Indian journal of veterinary science and animal husbandry - Volume 3,
Year: 1933
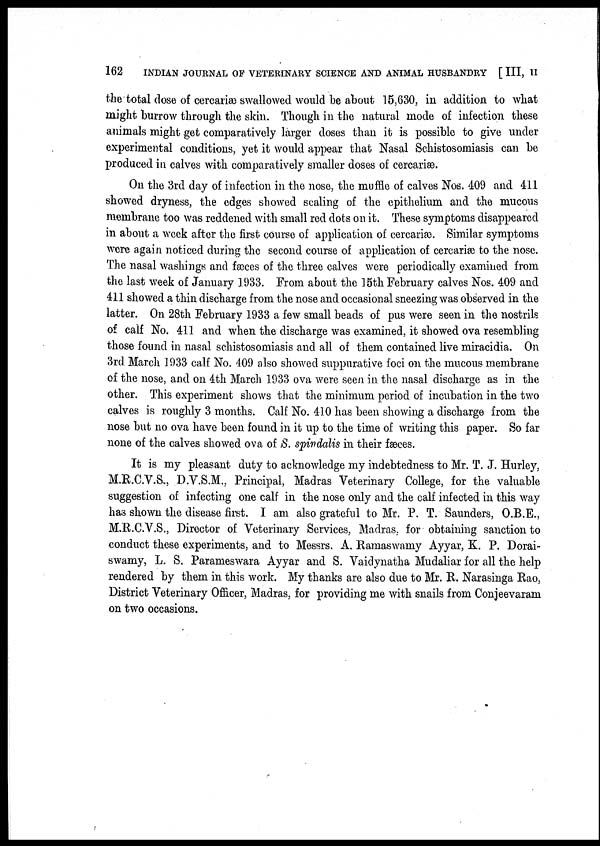
162
INDIAN JOURNAL OF VETERINARY SCIENCE AND ANIMAL HUSBANDRY [ III, II
the total dose of cercariæ swallowed would be about 15,630, in addition to what
might burrow through the skin. Though in the natural mode of infection these
animals might get comparatively larger doses than it is possible to give under
experimental conditions, yet it would appear that Nasal Schistosomiasis can be
produced in calves with comparatively smaller doses of cercariæ.
On the 3rd day of infection in the nose, the muffle of calves Nos. 409 and 411
showed dryness, the edges showed scaling of the epithelium and the mucous
membrane too was reddened with small red dots on it. These symptoms disappeared
in about a week after the first course of application of cercariæ. Similar symptoms
were again noticed during the second course of application of cercariæ to the nose.
The nasal washings and fæces of the three calves were periodically examined from
the last week of January 1933. From about the 15th February calves Nos. 409 and
411 showed a thin discharge from the nose and occasional sneezing was observed in the
latter. On 28th February 1933 a few small beads of pus were seen in the nostrils
of calf No. 411 and when the discharge was examined, it showed ova resembling
those found in nasal schistosomiasis and all of them contained live miracidia. On
3rd March 1933 calf No. 409 also showed suppurative foci on the mucous membrane
of the nose, and on 4th March 1933 ova were seen in the nasal discharge as in the
other. This experiment shows that the minimum period of incubation in the two
calves is roughly 3 months. Calf No. 410 has been showing a discharge from the
nose but no ova have been found in it up to the time of writing this paper. So far
none of the calves showed ova of S. spindalis in their fæces.
It is my pleasant duty to acknowledge my indebtedness to Mr. T. J. Hurley,
M.R.C.V.S., D.V.S.M., Principal, Madras Veterinary College, for the valuable
suggestion of infecting one calf in the nose only and the calf infected in this way
has shown the disease first. I am also grateful to Mr. P. T. Saunders, O.B.E.,
M.R.C.V.S., Director of Veterinary Services, Madras, for obtaining sanction to
conduct these experiments, and to Messrs. A. Ramaswamy Ayyar, K. P. Dorai¬
swamy, L. S. Parameswara Ayyar and S. Vaidynatha Mudaliar for all the help
rendered by them in this work. My thanks are also due to Mr. R. Narasinga Rao,
District Veterinary Officer, Madras, for providing me with snails from Conjeevaram
on two occasions.